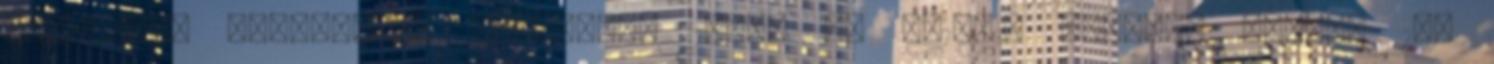
mágneses, hatlapfejű csavarhoz 13×48 mm 4810613 további adatai 190